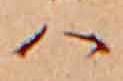
ハ